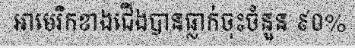
អាមេរិកខាងជើងបានធ្លាក់ចុះចំនួន ៩០%